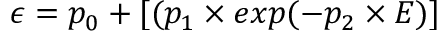
\epsilon = p _ { 0 } + [ ( p _ { 1 } \times e x p ( − p _ { 2 } \times E ) ]